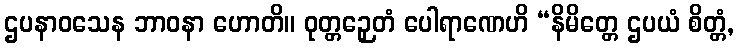
ဌပနာဝသေန ဘာဝနာ ဟောတိ။ ဝုတ္တဉှေတံ ပေါရာဏေဟိ “နိမိတ္တေ ဌပယံ စိတ္တံ,